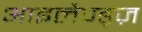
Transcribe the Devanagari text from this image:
आइलैण्ड्ज़